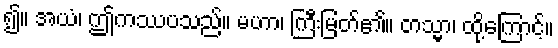
၍။ အယံ၊ ဤကဿပသည်။ မဟာ၊ ကြီးမြတ်၏။ တသ္မာ၊ ထို့ကြောင့်။